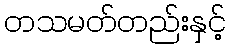
တသမတ်တည်းနှင့်